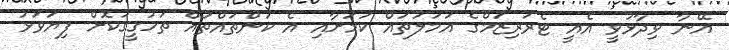
އޭނާ ވިދާޅުވީ އެއީ ޓެރަރިޒަމްގެ އަމަލުތައް ކަމަށާއި އެ ކަންތައްތައް ތަހުގީގުކޮށް ފިޔަވަޅު